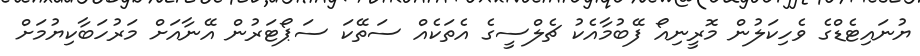
ޔުނައިޓެޑްގެ ވެހިކަލުން މޮރީނިއޯ ފޭބުމާއެކު ޗެލްސީގެ އެތަކެއް ސަތޭކަ ސަޕޯޓަރުން އޭނާއަށް މަރުހަބާކިޔުމަށް